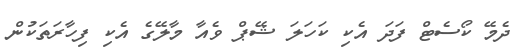
ދެމޭ ކޯސެޓް ފަދަ އެކި ކަހަލަ ޝޭޕް ވެއާ މާލޭގެ އެކި ފިހާރަތަކުން